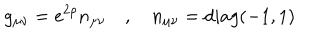
g _ { \mu \nu } = e ^ { 2 \rho } n _ { \mu \nu } \quad , \quad n _ { \mu \nu } = d i a g ( - 1 , 1 )